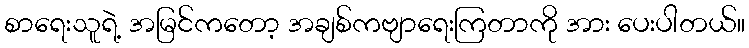
စာရေးသူရဲ့ အမြင်ကတော့ အချစ်ကဗျာရေးကြတာကို အား ပေးပါတယ်။